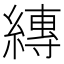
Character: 縳